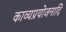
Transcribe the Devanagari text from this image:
काव्यप्रयोजनादि